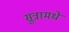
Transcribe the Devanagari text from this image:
सुत्रामधे